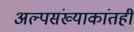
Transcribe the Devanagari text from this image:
अल्पसंख्याकांतही